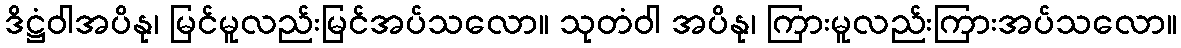
ဒိဋ္ဌံဝါအပိနု၊ မြင်မူလည်းမြင်အပ်သလော။ သုတံဝါ အပိနု၊ ကြားမူလည်းကြားအပ်သလော။